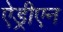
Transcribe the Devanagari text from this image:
ऐड्रीएन